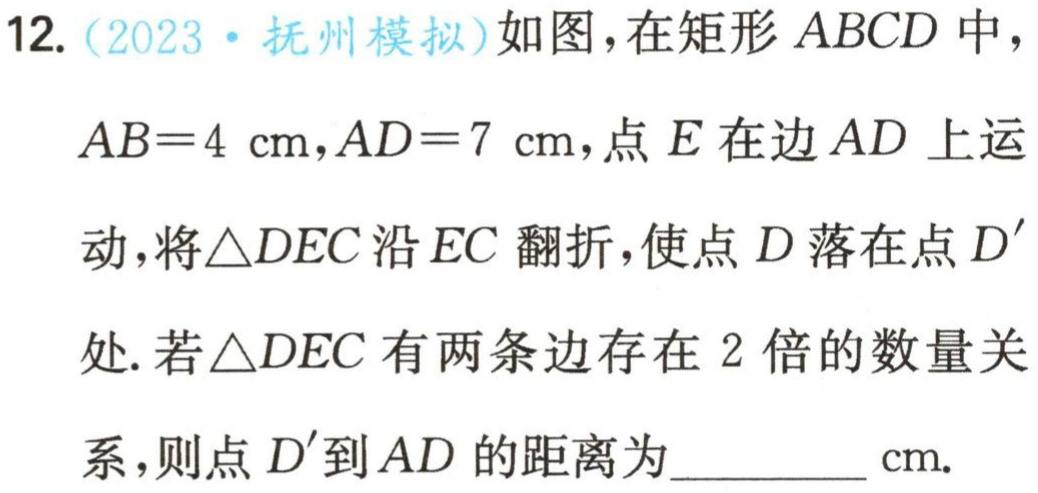
12.（2023·抚州模拟）如图，在矩形 \(ABCD\) 中，\(AB = 4\mathrm{cm},AD = 7\mathrm{cm}\)，点 \(E\) 在边 \(AD\) 上运动，将\(\triangle DEC\) 沿 \(EC\) 翻折，使点 \(D\) 落在点 \(D'\) 处. 若\(\triangle DEC\) 有两条边存在 \(2\) 倍的数量关系，则点 \(D'\) 到 \(AD\) 的距离为__________\(\mathrm{cm}\).